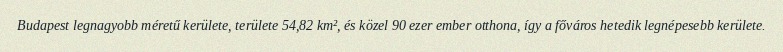
Budapest legnagyobb méretű kerülete, területe 54,82 km², és közel 90 ezer ember otthona, így a főváros hetedik legnépesebb kerülete.